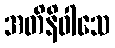
အတိနိဝါသေ